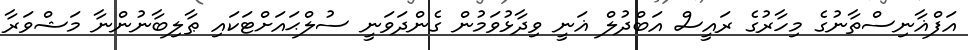
އަފްޣާނިސްތާނުގެ މިހާރުގެ ރައީސް އަބްދުލް ޣަނީ ވިދާޅުވަމުން ގެންދަވަނީ ސުލްޙައަށްޓަކައި ޠާލިބާނުންނާ މަޝްވަރާ